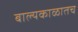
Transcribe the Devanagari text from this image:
बाल्यकाळातच